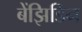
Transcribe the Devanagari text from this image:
बेंझिडिन